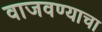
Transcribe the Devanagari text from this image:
वाजवण्याचा